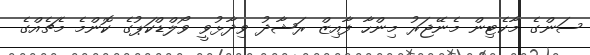
ސަންގެ މާކެޓިން މެނޭޖަރު މިންހާ ފާއިޒް ރަޝާދު ވިދާޅުވީ ވޯލްޑްކަޕުގެ ކޮންމެ މެޗެއްގެ